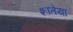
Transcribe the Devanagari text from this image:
शातेया